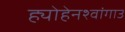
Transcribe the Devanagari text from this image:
ह्योहेनश्वांगाउ